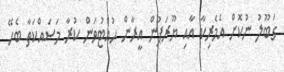
ގަބޫލު ނުކޮށް އެމެރިކާ އާއި ޔޫރަޕުން އީރާން ހުއްޓުވަން ކުރާ މަސައްކަތާ ބެހޭ